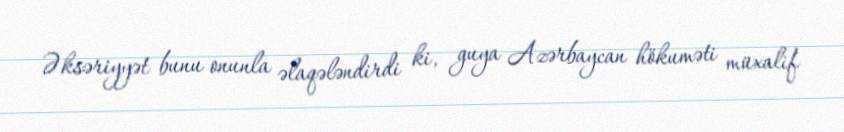
Əksəriyyət bunu onunla əlaqələndirdi ki, guya Azərbaycan hökuməti müxalif